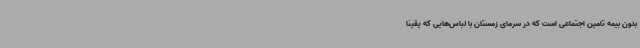
بدون بیمه تامین اجتماعی است که در سرمای زمستان با لباس‌هایی که یقینا